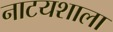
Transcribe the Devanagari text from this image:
नाटयशाला